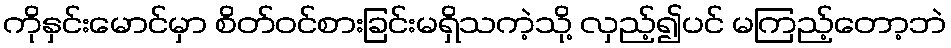
ကိုနှင်းမောင်မှာ စိတ်ဝင်စားခြင်းမရှိသကဲ့သို့ လှည့်၍ပင် မကြည့်တော့ဘဲ